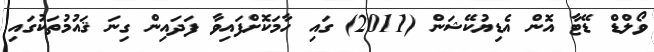
ވޯލްޑް ޑޭޓާ އޮން އެޑިޔުކޭޝަން (2011) ގައި ހާމަކޮށްފައިވާ ފަދައިން ގިނަ ޤައުމުތަކުގައި